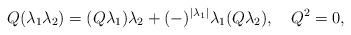
LaTeX: \begin{align*}Q(\lambda_1\lambda_2)=(Q\lambda_1)\lambda_2 +(-)^{|\lambda_1|}\lambda_1(Q\lambda_2), \quad Q^2 = 0,\end{align*}